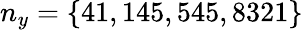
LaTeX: n_{y}=\{ 41,145,545,8321\}